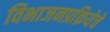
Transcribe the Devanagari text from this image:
विभाजनप्रक्रियेचे